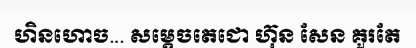
ហិនហោច... សម្តេចតេជោ ហ៊ុន សែន គួរតែ